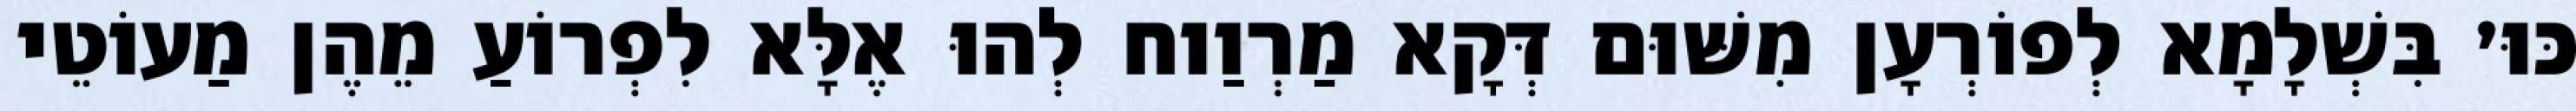
כּוּ׳ בִּשְׁלָמָא לְפוֹרְעָן מִשּׁוּם דְּקָא מַרְוַוח לְהוּ אֶלָּא לִפְרוֹעַ מֵהֶן מַעוֹטֵי